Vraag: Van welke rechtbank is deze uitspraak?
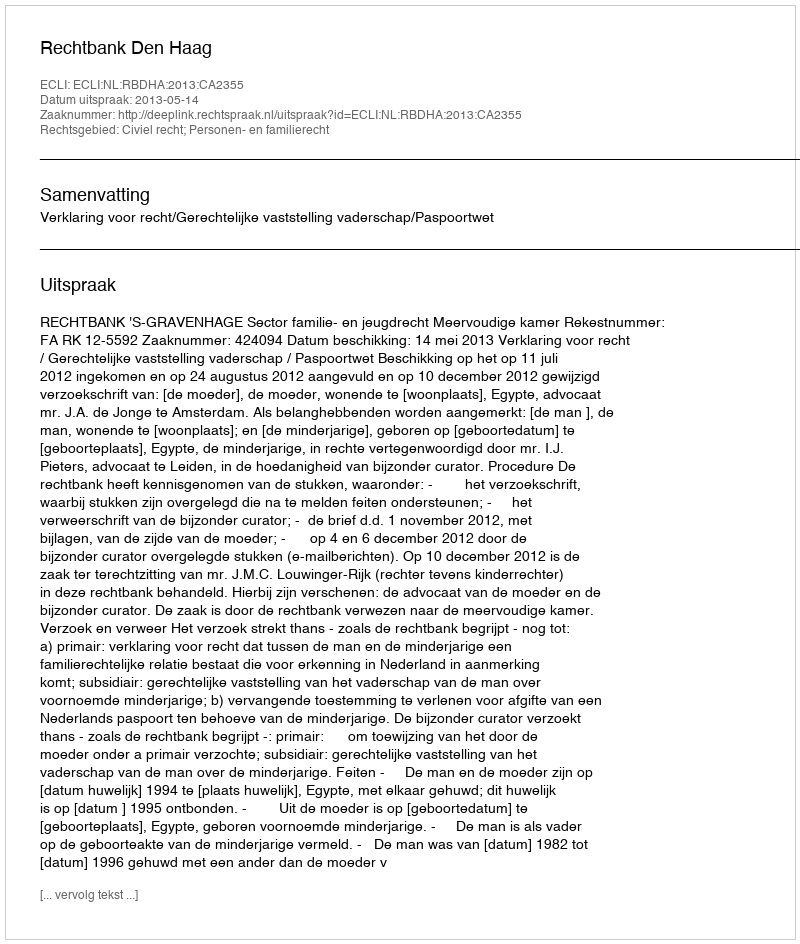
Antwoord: Rechtbank Den Haag